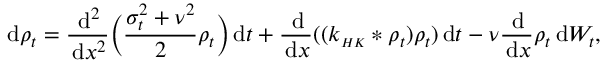
\, \mathrm { d } \rho _ { t } = \frac { \, \mathrm { d } ^ { 2 } } { \, \mathrm { d } x ^ { 2 } } \Big ( \frac { \sigma _ { t } ^ { 2 } + \nu ^ { 2 } } { 2 } \rho _ { t } \Big ) \, \mathrm { d } t + \frac { \, \mathrm { d } } { \, \mathrm { d } x } ( ( k _ { \scriptscriptstyle { H K } } * \rho _ { t } ) \rho _ { t } ) \, \mathrm { d } t - \nu \frac { \, \mathrm { d } } { \, \mathrm { d } x } \rho _ { t } \, \mathrm { d } W _ { t } ,